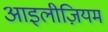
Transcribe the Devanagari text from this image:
आइलीज़ियम